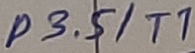
Text: P3.5/T1